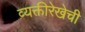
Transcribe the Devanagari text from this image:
व्यक्तीरेखेची